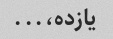
یازده،...